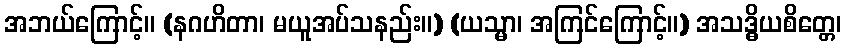
အဘယ်ကြောင့်။ (နဂဟိတာ၊ မယူအပ်သနည်း။) (ယသ္မာ၊ အကြင်ကြောင့်။) အသဒ္ဓိယစိတ္တေ၊